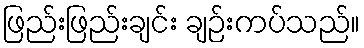
ဖြည်းဖြည်းချင်း ချဉ်းကပ်သည်။